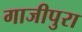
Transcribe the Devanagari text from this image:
गाजीपुरा